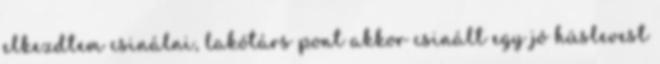
elkezdtem csinálni, lakótárs pont akkor csinált egy jó húslevest